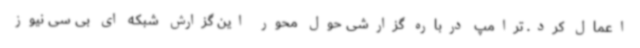
اعمال کرد. ترامپ درباره گزارشی حول محور این گزارش شبکه ای بی سی نیوز